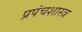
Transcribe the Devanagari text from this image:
प्रपंचशास्त्र